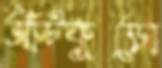
আঁটকুড়ো